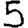
Digit: 5